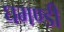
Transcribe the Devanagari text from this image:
घमण्‍डी